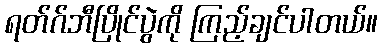
ရတ်ဂ်ဘီပြိုင်ပွဲကို ကြည့်ချင်ပါတယ်။